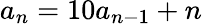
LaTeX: a_{n}=10a_{n-1}+n